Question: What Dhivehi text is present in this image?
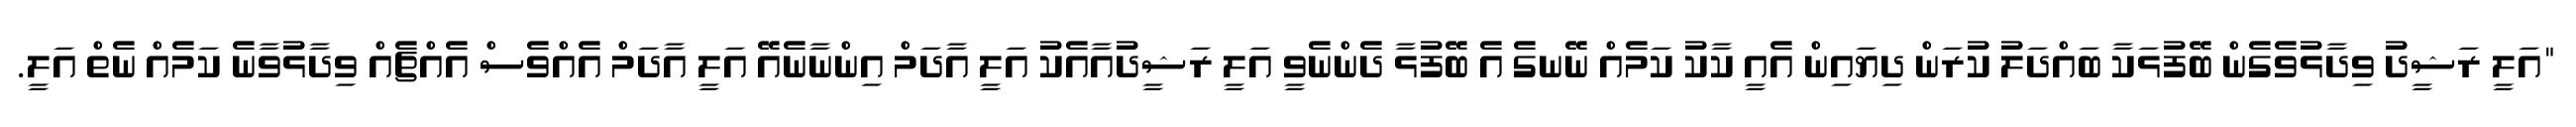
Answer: "އަލީ ރަޝީދު ވިދާޅުވެގެން ބޭފުޅަކާ ބައްދަލު ކުރަން ދިޔައިން އެއީ ކާކު ކަމެއް ނޭނގެ އެ ބޭފުޅާ ދެންނެވީ އަލީ ރަޝީދުއާއެކު އަލީ އާދަމް އިންނާނެއޭ އަލީ އާދަމް އެއްވެސް އެއްޗެއް ވިދާޅުވާނެ ކަމެއް ނެތް އަލީ.